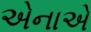
એનાએ